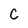
Character: C